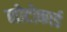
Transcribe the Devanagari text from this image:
नोटोकार्ड